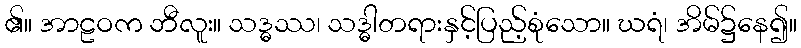
၏။ အာဠဝက ဘီလူး။ သဒ္ဓဿ၊ သဒ္ဓါတရားနှင့်ပြည့်စုံသော။ ဃရံ၊ အိမ်၌နေ၍။